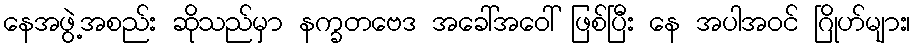
နေအဖွဲ့အစည်း ဆိုသည်မှာ နက္ခတဗေဒ အခေါ်အဝေါ် ဖြစ်ပြီး နေ အပါအဝင် ဂြိုဟ်များ၊